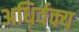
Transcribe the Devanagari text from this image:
अधिर्वक्य